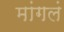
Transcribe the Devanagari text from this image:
मांगलं